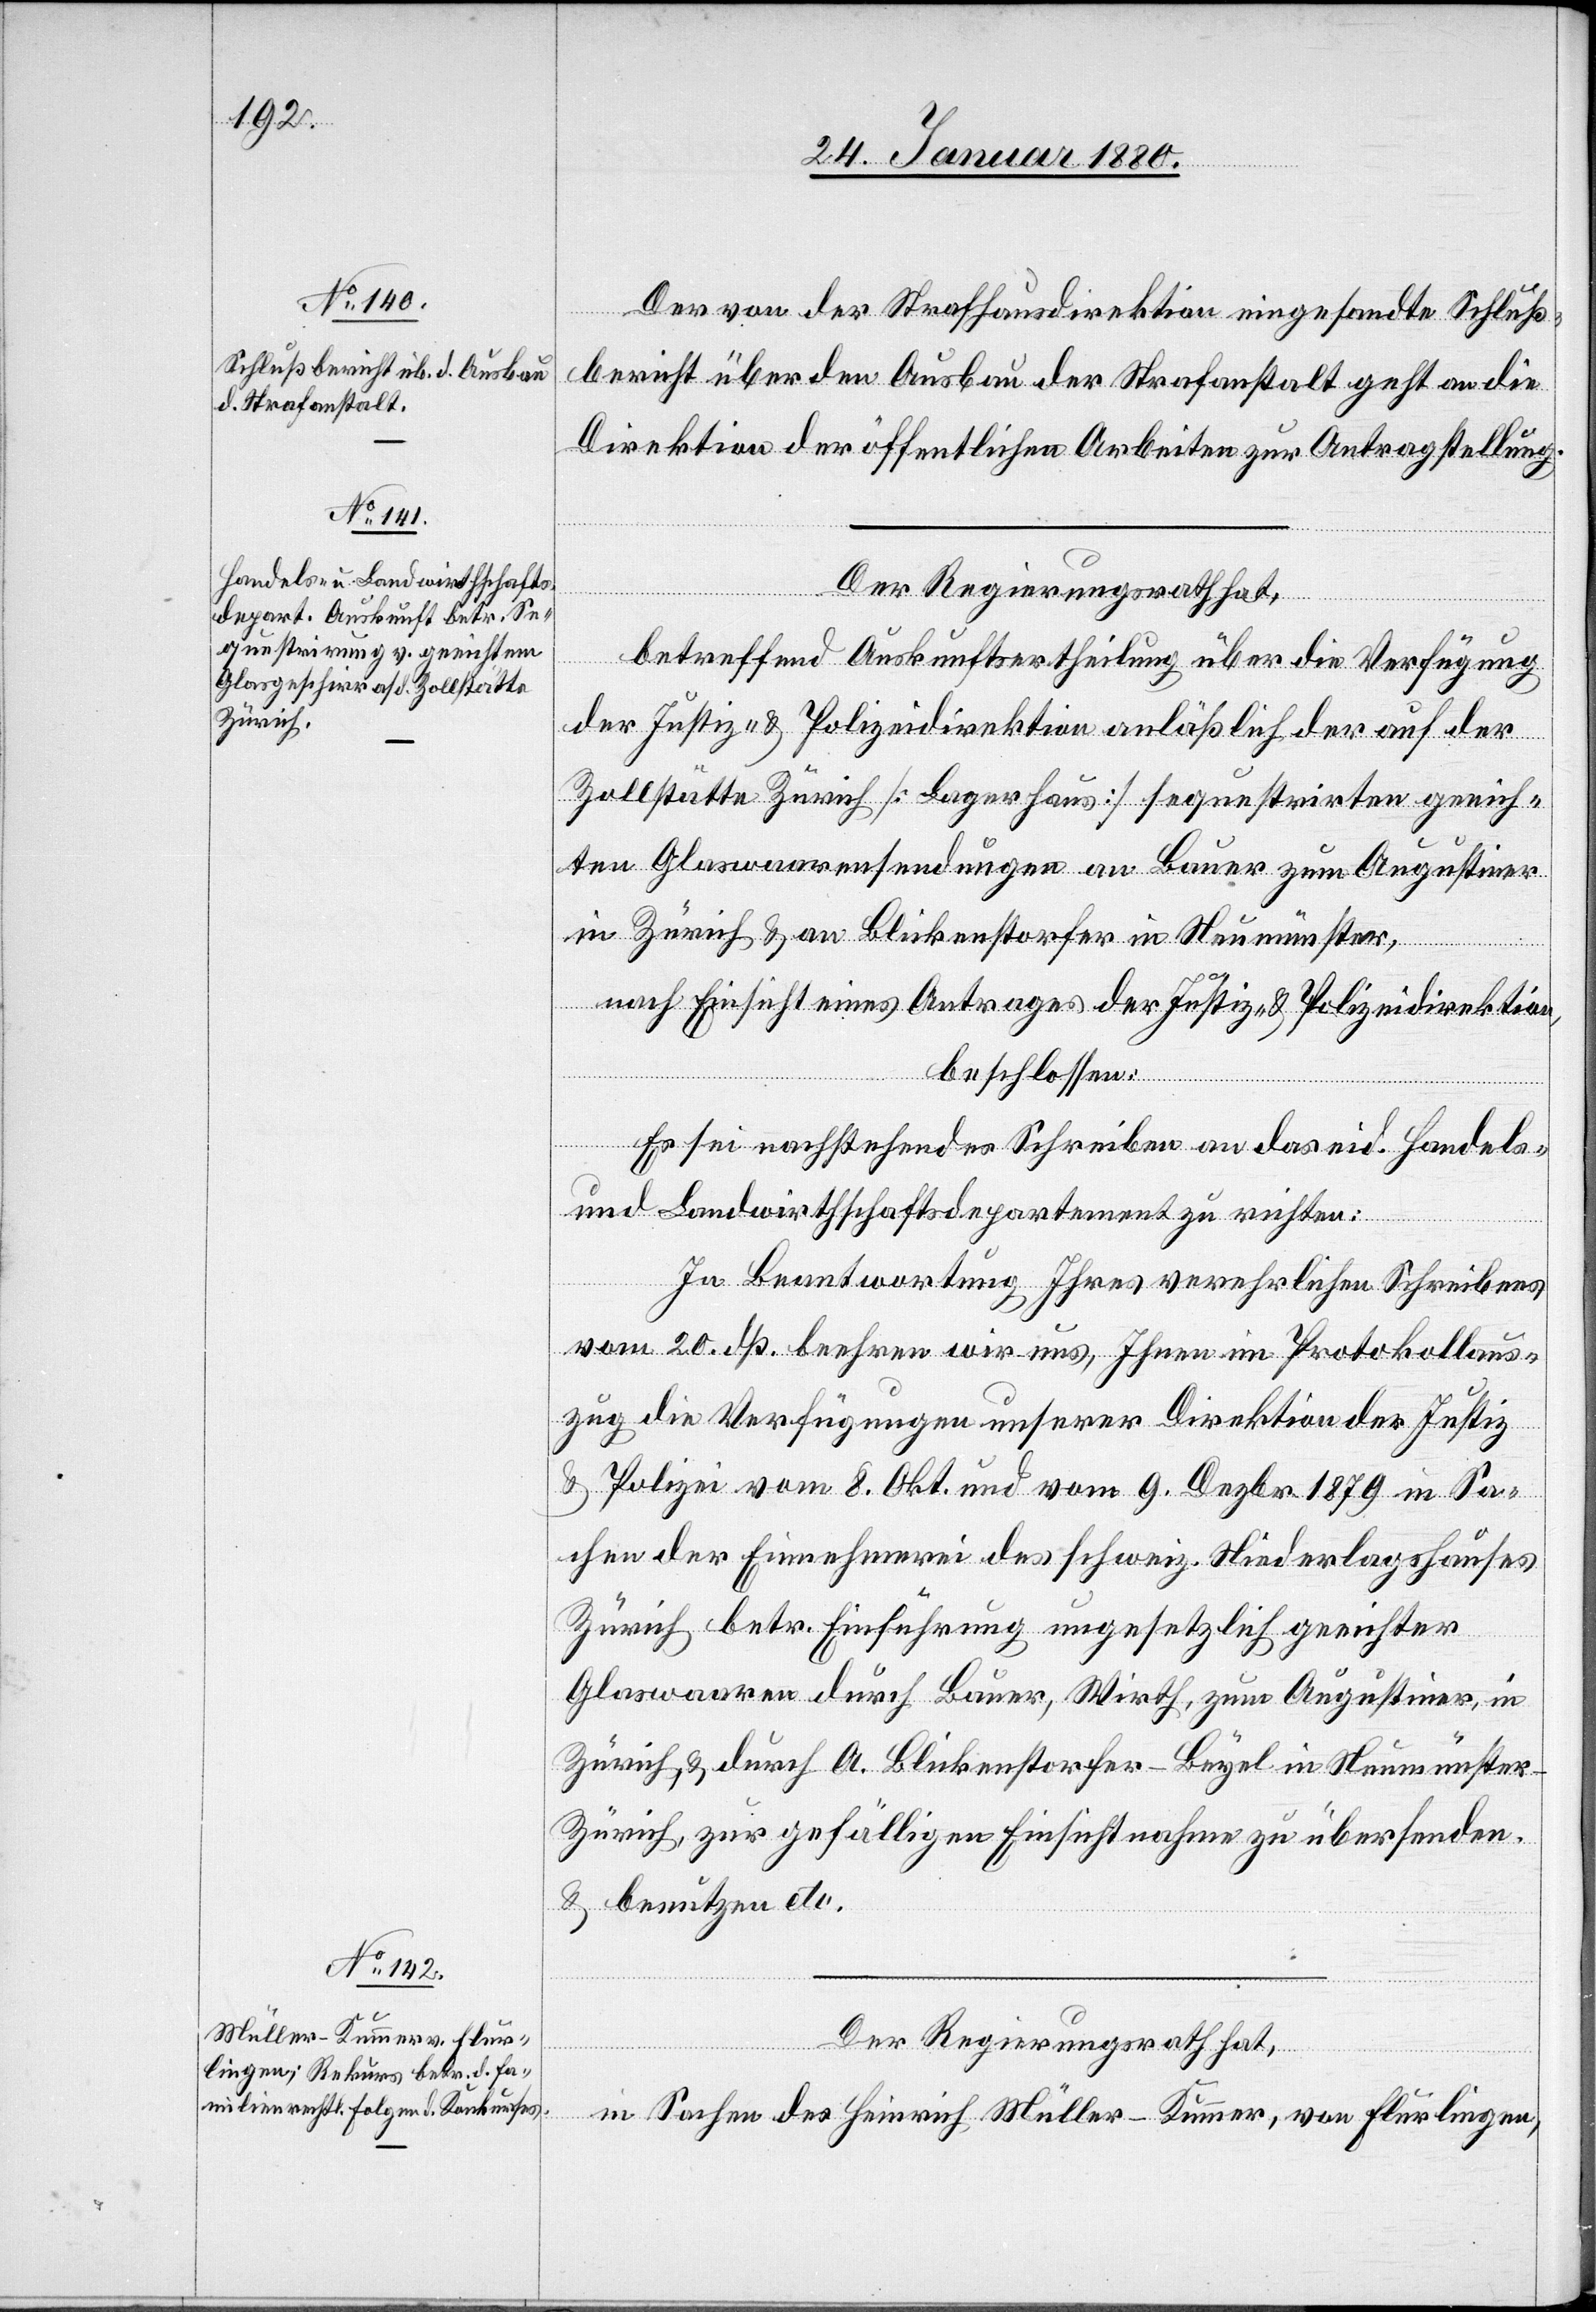
Der von der Strafhausdirektion eingesandte Schluß¬
bericht über den Ausbau der Strafanstalt geht an die
Direktion der öffentlichen Arbeiten zur Antragstellung.
Der Regierungsrath hat,
betreffend Auskunftsertheilung über die Verfügung
der Justiz- & Polizeidirektion anläßlich der auf der
Zollstätte Zürich [Lagerhaus] sequestrirten geeich¬
ten Glaswaarensendungen an Bauer zum Augustiner
in Zürich & an Blickenstorfer in Neumünster,
nach Einsicht eines Antrages der Justiz- & Polizeidirektion,
beschlossen:
Es sei nachstehendes Schreiben an das eid. Handels-
und Landwirthschaftsdepartement zu richten:
In Beantwortung Ihres verehrlichen Schreibens
vom 20. dß. beehren wir uns, Ihnen im Protokollaus¬
zug die Verfügungen unserer Direktion der Justiz
& Polizei vom 8. Okt. und vom 9. Dezbr. 1879 in Sa¬
chen der Einnehmerei des schweiz. Niederlagshauses
Zürich betr. Einführung ungesetzlich geeichter
Glaswaaren durch Bauer, Wirth, zum Augustiner, in
Zürich, & durch A. Blickenstorfer-Beyel in Neumünster
Zürich zu gefälligen Einsichtnahme zu übersenden
& benutzen etc.
Der Regierungsrath hat,
in Sachen des Heinrich Müller-Kummer, von Flurlingen,